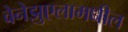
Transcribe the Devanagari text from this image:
वेनेझुएलामधील